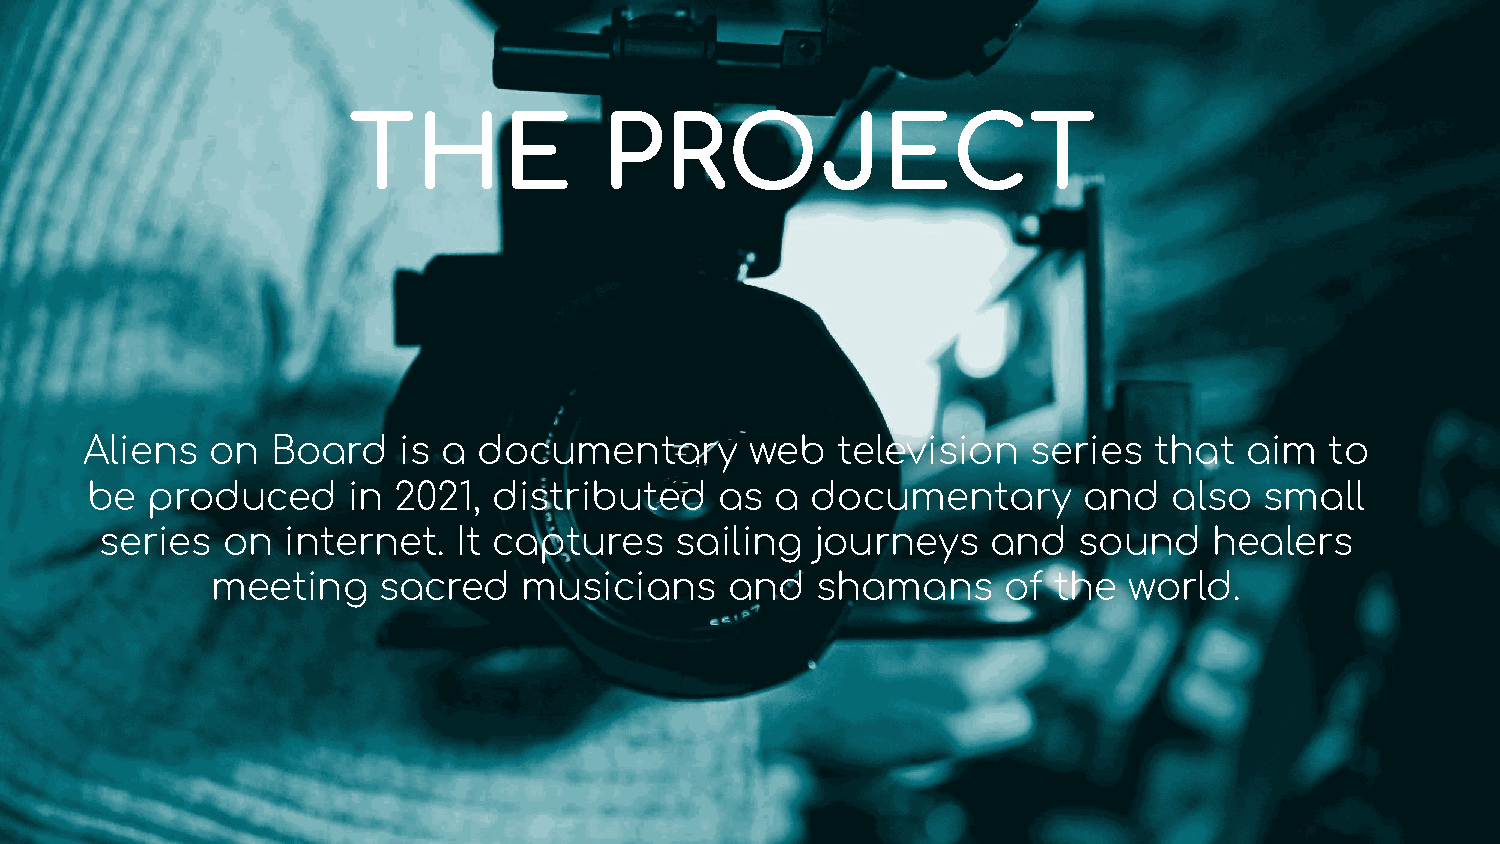
THE              PROJECT
 Aliens   on  Board   is a  documentary       web  television   series  that  aim   to
 be  produced     in 2021,  distributed    as a  documentary       and   also  small
 series  on  internet.  It captures    sailing  journeys    and  sound    healers
 meeting    sacred    musicians    and   shamans     of  the  world.